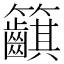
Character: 𥸞